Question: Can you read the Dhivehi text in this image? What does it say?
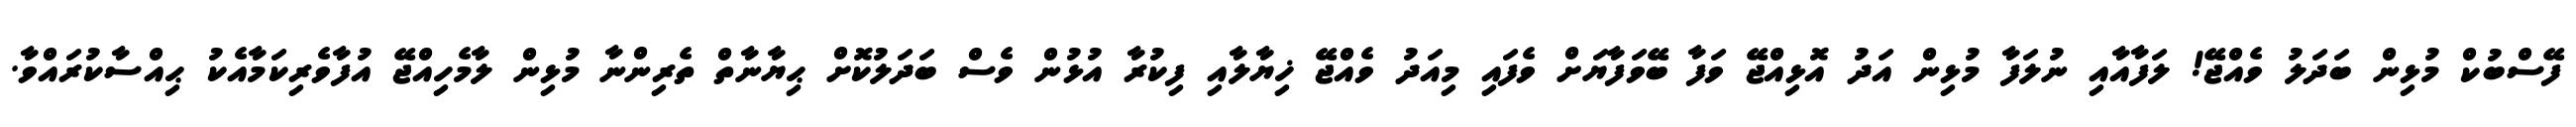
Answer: ފޭސްބުކް މުޅިން ބަދަލު ވެއްޖޭ! ލަފާއާއި ނުލަފާ މުޅިން އަދު އޮޅިއްޖޭ ވަފާ ބޭވަފާޔަށް ވެފައި މިއަދު ވެއްޖޭ ޚިޔާލާއި ފިކުރާ އުޅުން ވެސް ބަދަލުކޮށް ޙިޔާނާތް ތެރިންނާ މުޅިން ލާމެހިއްޖޭ އުފާވެރިކަމާއެކު ޙިއްސާކުރައްވާ.